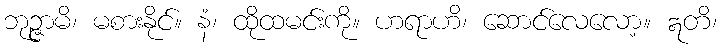
ဘုဉ္ဇာမိ၊ မစားနိုင်။ နံ၊ ထိုထမင်းကို။ ဟရာဟိ၊ ဆောင်လေလော့။ ဣတိ၊